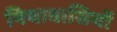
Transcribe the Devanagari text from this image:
नियावासियों